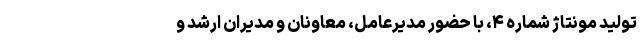
تولید مونتاژ شماره ۴،‌ با حضور مدیرعامل، معاونان و مدیران ارشد و